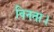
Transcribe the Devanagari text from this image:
विनता।